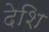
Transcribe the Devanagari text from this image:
देशि